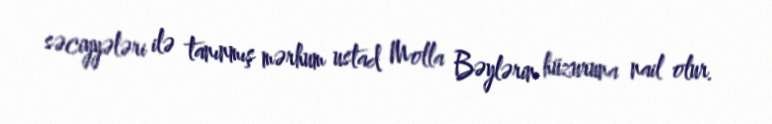
səciyyələri ilə tanınmış mərhum ustad Molla Bəylərin hüzuruna nail olur.